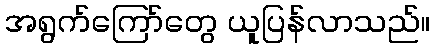
အရွက်ကြော်တွေ ယူပြန်လာသည်။